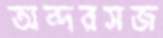
অন্দরসজ